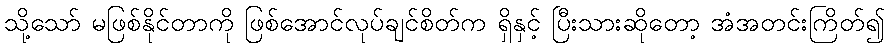
သို့သော် မဖြစ်နိုင်တာကို ဖြစ်အောင်လုပ်ချင်စိတ်က ရှိနှင့် ပြီးသားဆိုတော့ အံအတင်းကြိတ်၍